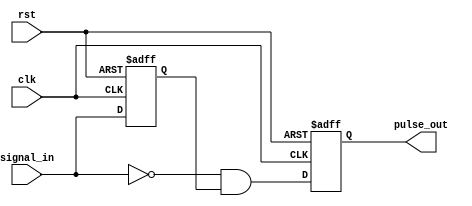
`timescale 1ns / 1ps
//==============================================================================
// Copyright (C) 2016 By GUO Pan
// guopan@bit.edu.cn, All Rights Reserved
//==============================================================================
// Module : 	Negedge_detector
// Contact : 	guopan@bit.edu.cn
//==============================================================================
// Description :	
//==============================================================================

module Negedge_detector(
           input clk,
           input rst,
           input signal_in,
           output reg pulse_out
       );
reg signal_in_d;

//signal_in1clksignal_in_d
always @(posedge clk or posedge rst)
    if(rst == 1)
    begin
        signal_in_d <= 0;
        pulse_out <= 0;
    end
    else
    begin
        signal_in_d <= signal_in;
        pulse_out <= ~signal_in & signal_in_d;
    end

endmodule